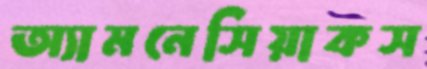
অ্যামনেসিয়াকস